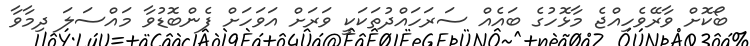
ބޯކޮށް ވާރޭވެހިއްޖެ މާޅޮހުގެ ބައެއް ސަރަހައްދުތަކަކީ ވަރަށް އަވަހަށް ފެންބޮޑުވާ މައްސަލަ ދިމާވާ